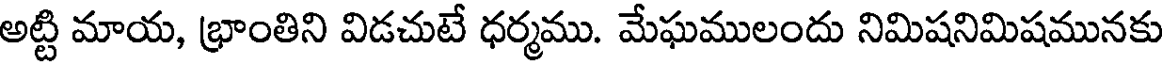
అట్టి మాయ, భ్రాంతిని విడచుటే ధర్మము. మేఘములందు నిమిషనిమిషమునకు